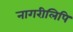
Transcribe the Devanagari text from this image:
नागरीलिपि